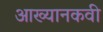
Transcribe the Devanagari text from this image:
आख्यानकवी